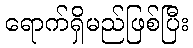
ရောက်ရှိမည်ဖြစ်ပြီး